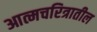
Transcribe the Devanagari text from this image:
आत्मचरित्रातील